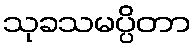
သုခသမပ္ပိတာ